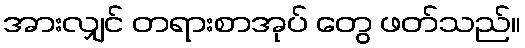
အားလျှင် တရားစာအုပ် တွေ ဖတ်သည်။